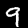
Digit: 9